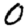
Digit: 0